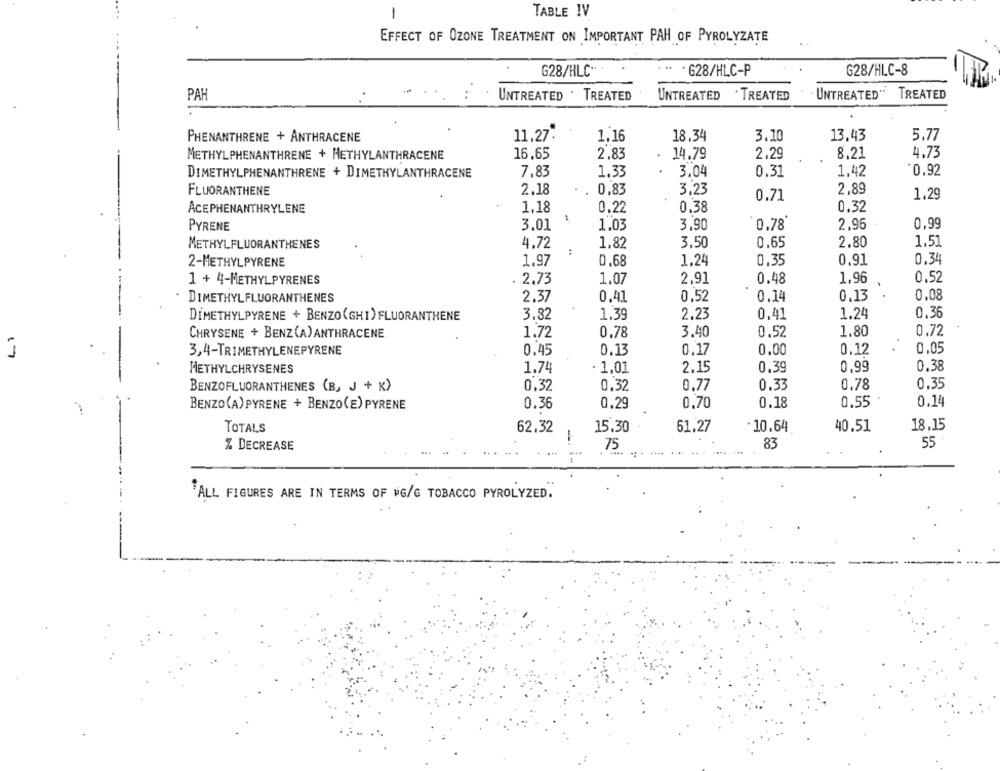
-
TABLE IV
EFFECT OF OZONE TREATMENT ON IMPORTANT PAH OF PYROLYZATE
G28/HLC.
· 628/HLC-P
628/HLC-8
PAH
UNTREATED . TREATED
UNTREATED
TREATED
UNTREATED"
TREATED
PHENANTHRENE + ANTHRACENE
11,27:
1.16
18.34
3.10
13.43
5.77
16,65
2,83
14.79
2.29
8,21
4.73
METHYLPHENANTHRENE + HETHYLANTHRACENE
DIMETHYLPHENANTHRENE + DIMETHYLANTHRACENE
7,83
1.33
3.04
0.31
1,42
0.92
FLUORANTHENE
2.18
0.83
3.23
2,89
0.71
1,29
1,18
0.22
0.38
0.32
ÅCEPHENANTHRYLENE
PYRENE
3.01
1.03
3.90
0.78
2.96
0,99
METHYLFLUORANTHENES
4.72
1,82
3.50
0.65
2.80
1.51
:
2-METHYLPYRENE
1.97
0,68
1.24
0,35
0.91
0.34
0.52
1 + 4-METHYLPYRENES
. 2.73
1.07
2,91
0.48
1,96
DIMETHYLFLUORANTHENES
2.37
0.41
0,52
0.14
0,13
0.08
DİMETHYLPYRENE + BENZO(GHI) FLUORANTHENE
3.82
1.39
2.23
0,41
1.24
0,36
1.80
0.72
CHRYSENE + BENZ(A) ANTHRACENE
1.72
0.78
3.40
0.52
3,4-TRIMETHYLENEPYRENE
0.45
0.13
0.17
0,00
0.12
0,05
17
METHYLCHRYSENES
1.74
· 1,01
2.15
0,39
0.99
0.38
0.33
0.78
0.35
BENZOFLUORANTHENES (B, J + K)
0,32
0.32
0,77
0,55
0.14
BENZO(A) PYRENE + BENZO(E) PYRENE
0.36
0.29
0.70
0.18
TOTALS
62.32
15.30
61,27
. 10.64
40.51
18.15
% DECREASE
75
83
55
ALL FIGURES ARE IN TERMS OF WG/G TOBACCO PYROLYZED.